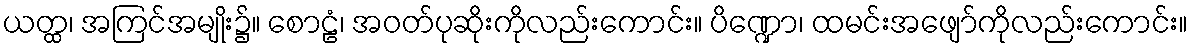
ယတ္ထ၊ အကြင်အမျိုး၌။ စောဠံ၊ အဝတ်ပုဆိုးကိုလည်းကောင်း။ ပိဏ္ဍော၊ ထမင်းအဖျော်ကိုလည်းကောင်း။